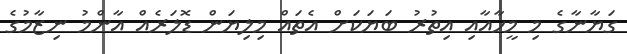
ގަޔާނާގެ މި މީހާއާއި އިތުރު ބަޔަކަށް އެތައް މިލިޔަން ޑޮލަރެއް އާންމު ނިޒާމުގެ